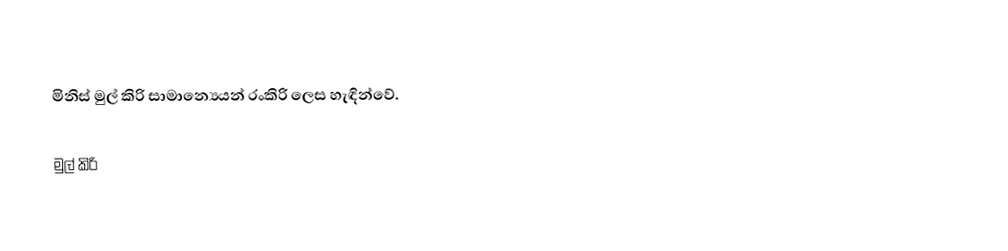
මිනිස් මුල් කිරි සාමාන්‍යෙයන් රංකිරි ලෙස හැඳින්වේ.

මුල් කිරි